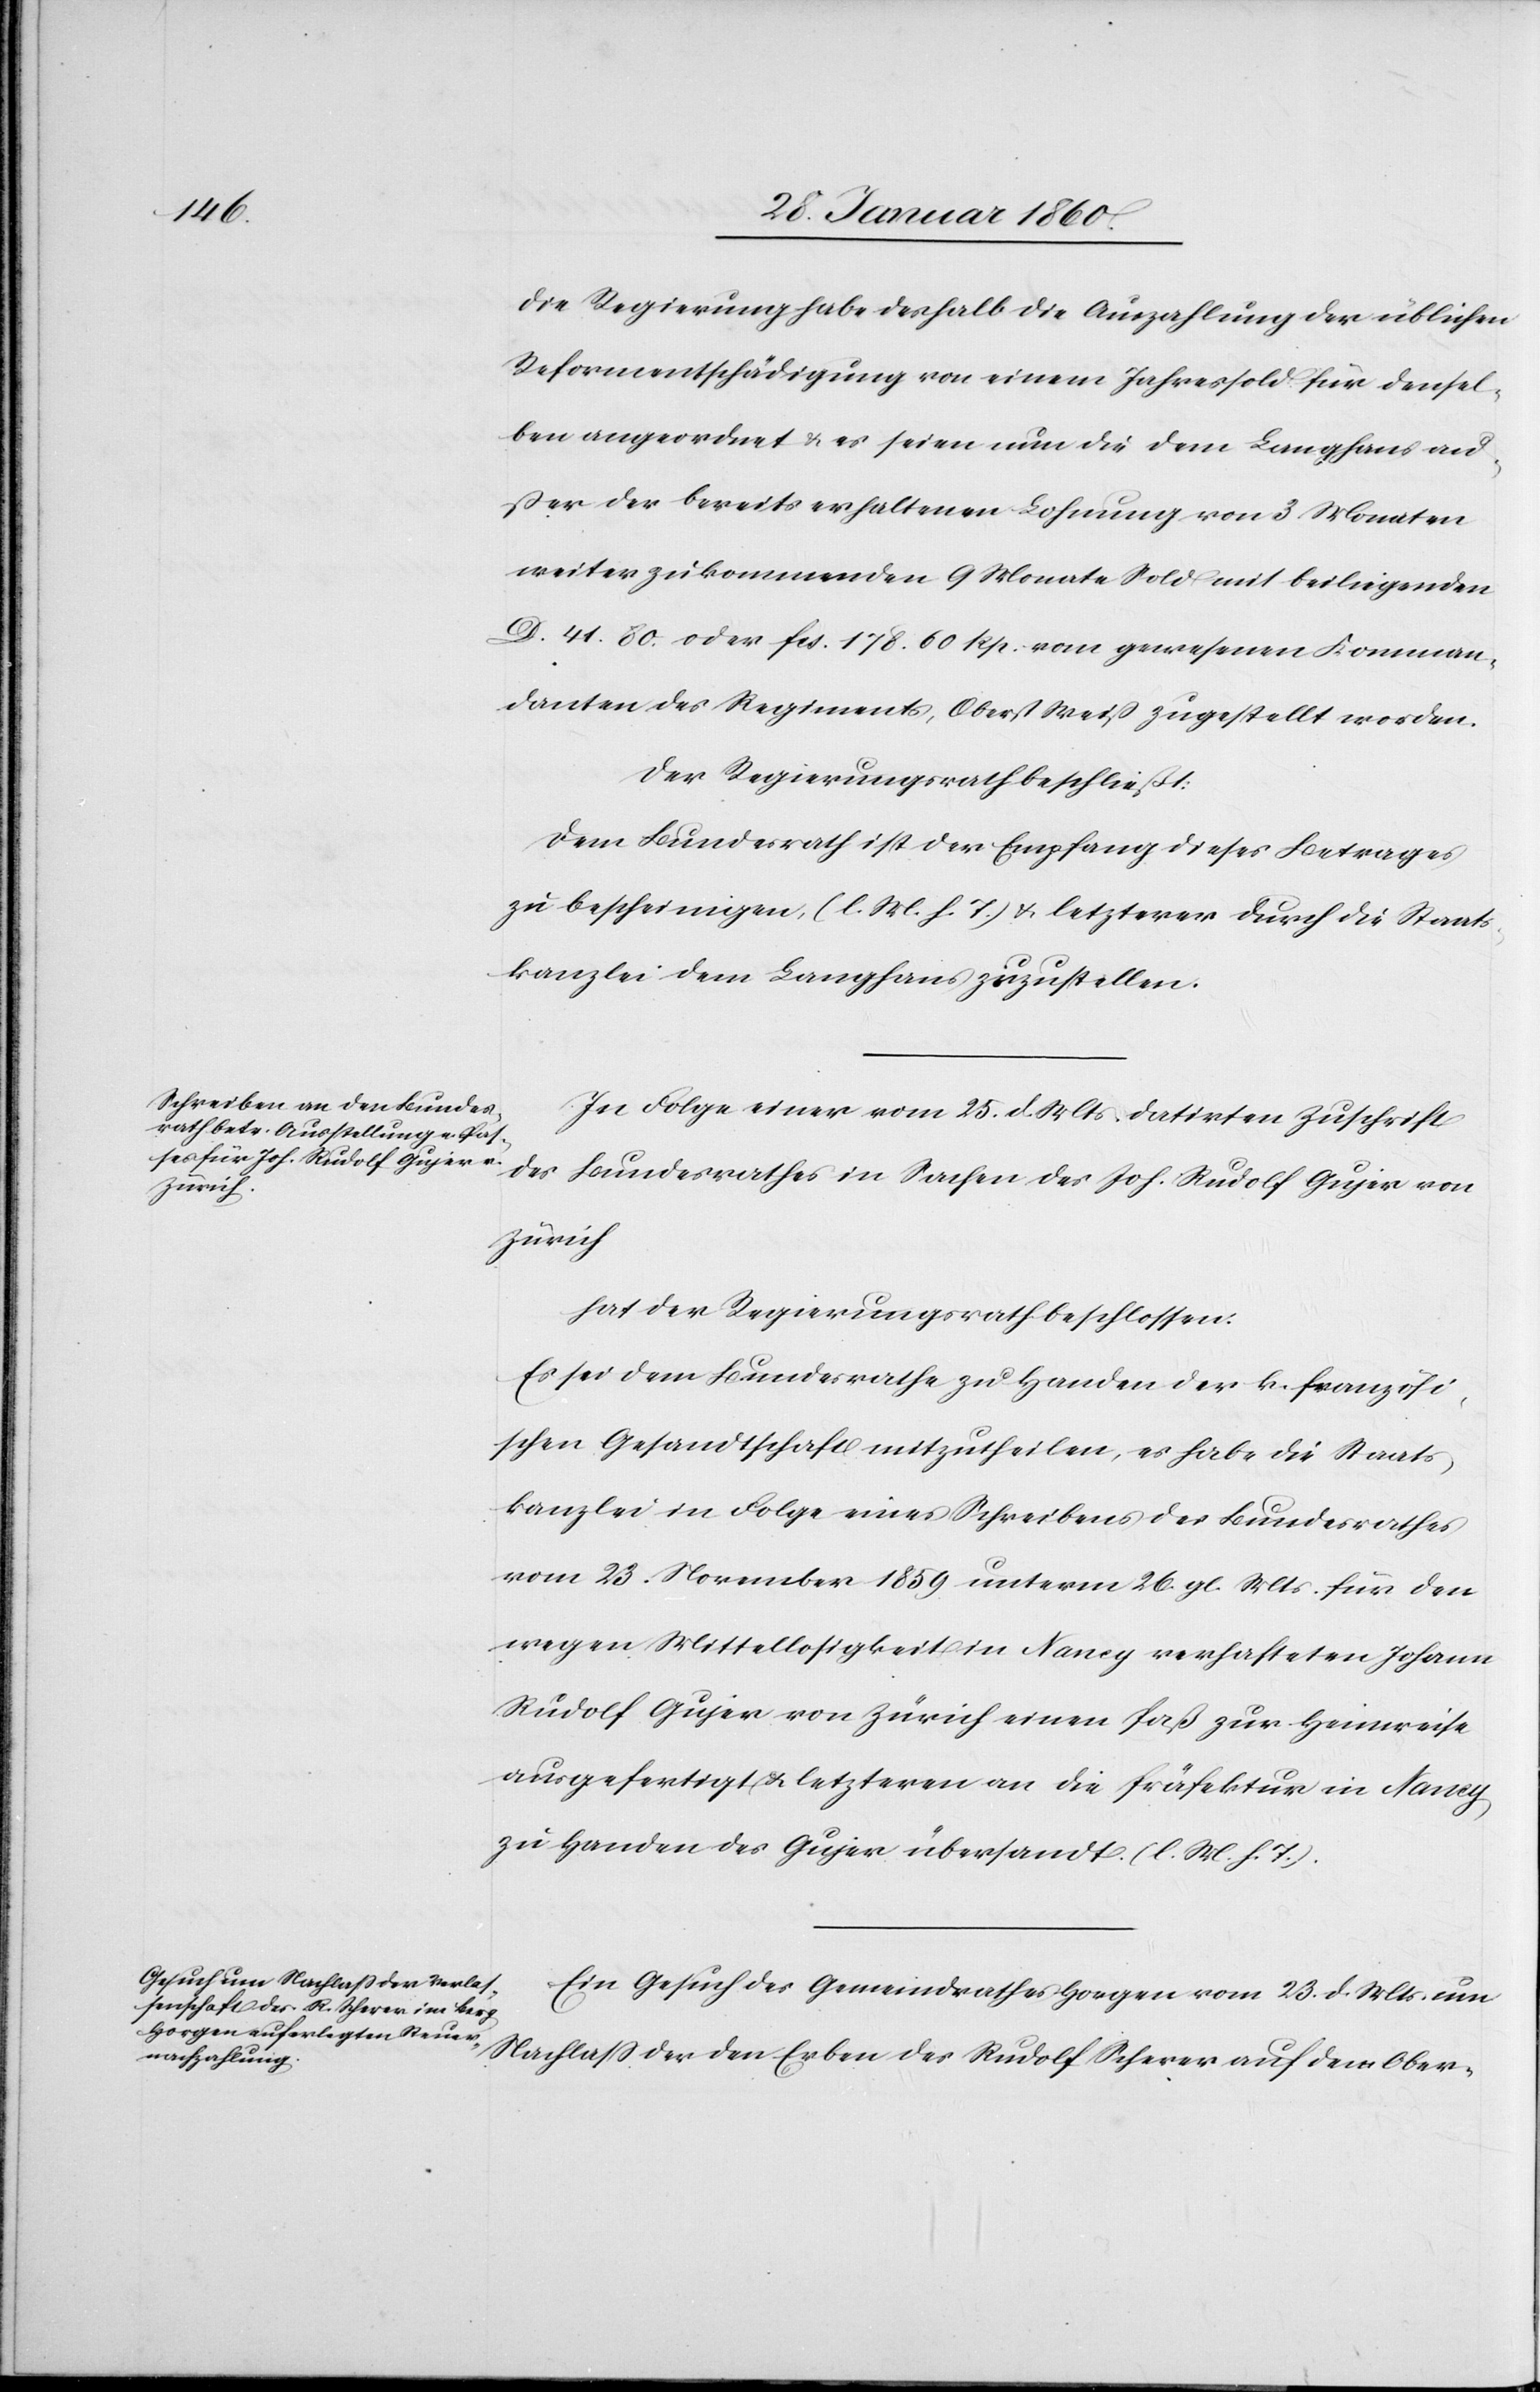
Die Regierung habe deshalb die Auszahlung der üblichen
Reformentschädigung von einem Jahressold für densel¬
ben angeordnet u. es seien nun die dem Langhans au¬
ßer der bereits erhaltenen Lohnung von 3 Monaten
weiter zukommenden 9 Monate Sold mit beseligenden
D. 41. 80. oder fcs. 178 60. Rp. vom gewesenen Komman¬
danten des Regiments, Oberst Weiss zugestellt worden.
Der Regierungsrath beschließt.
Dem Bundesrath ist der Empfang dieses Betrages
zu bescheinigen. [l. M. v. h. T] u. letzterer durch die Staats¬
kanzlei dem Langhans zuzustellen.
In Folge einer vom 25. d. Mts. datirten Zuschrift
des Bundesrathes in Sachen des Joh. Rudolf Gujer von
Zürich
hat der Regierungsrath beschlossen:
Es sei dem Bundesrathe zu Handen der k. französi¬
schen Gesandtschaft mitzutheilen, es habe die Staats¬
kanzlei in Folge eines Schreibens des Bundesrathes
vom 23. November 1859 unterm 26. gl. Mts. für den
wegen Mittellosigkeit in Nancy verhafteten Johann
Rudolf Gujer von Zürich einen Paß zur Heimreise
ausgefertigt u. letzteren an die Präfektur in Nancy
zu Handen des Gujer übersandt. [l. M. v. h.
Ein Gesuch des Gemeindrathes Horgen vom 23. d. Mts. um
Nachlaß der den Erben des Rudolf Scherer auf dem Ober-